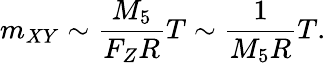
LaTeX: m_{XY}\sim{\frac{M_{5}}{F_{Z}R}}T\sim{\frac{1}{M_{5}R}}T.